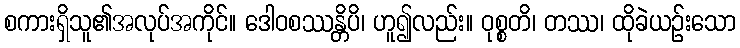
စကားရှိသူ၏အလုပ်အကိုင်။ ဒေါဝစဿန္တိပိ၊ ဟူ၍လည်း။ ဝုစ္စတိ၊ တဿ၊ ထိုခဲယဉ်းသော